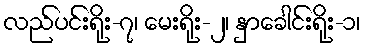
လည်ပင်းရိုး-၇၊ မေးရိုး-၂၊ နှာခေါင်းရိုး-၁၊